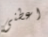
اعطنى